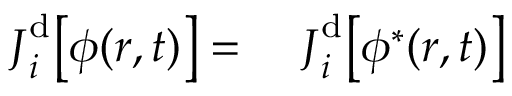
\begin{array} { r l } { \boldsymbol { J } _ { i } ^ { \mathrm { d } } \big [ { \phi } ( \boldsymbol { r } , t ) \big ] = } & { { } ~ \boldsymbol { J } _ { i } ^ { \mathrm { d } } \big [ { \phi } ^ { * } ( \boldsymbol { r } , t ) \big ] } \end{array}